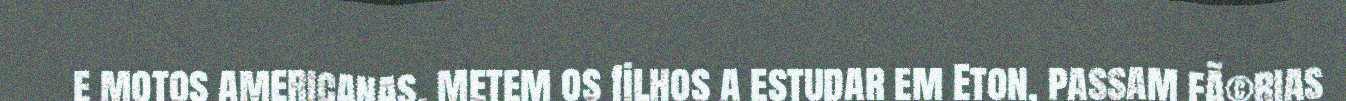
e motos americanas, metem os filhos a estudar em Eton, passam fÃ©rias